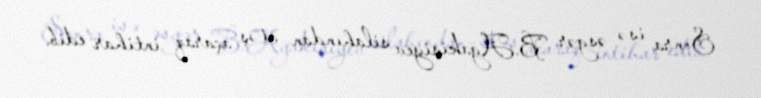
Sonra isə əsgər B.Ağakişiyev silahından atəş açaraq intihar edib.